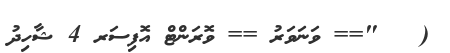
(   "== ވަނަވަރު == ވޮރަންޓް އޮފިސަރ 4 ޝާހިދު